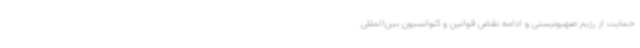
حمایت از رژیم صهیونیستی و ادامه نقض قوانین و کنوانسیون بین‌المللی